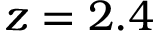
z = 2 . 4